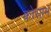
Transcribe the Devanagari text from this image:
कोसाम